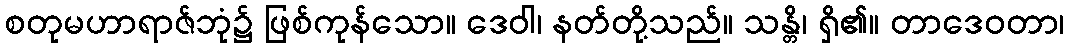
စတုမဟာရာဇ်ဘုံ၌ ဖြစ်ကုန်သော။ ဒေဝါ၊ နတ်တို့သည်။ သန္တိ၊ ရှိ၏။ တာဒေဝတာ၊